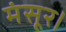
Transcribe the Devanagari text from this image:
मंसूर।